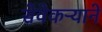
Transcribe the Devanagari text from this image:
सेवेकऱ्याने